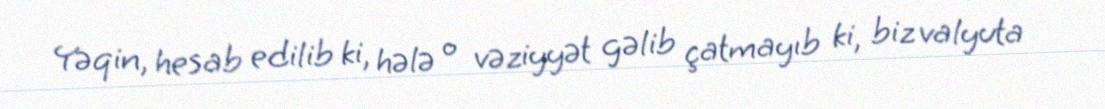
Yəqin, hesab edilib ki, hələ o vəziyyət gəlib çatmayıb ki, biz valyuta